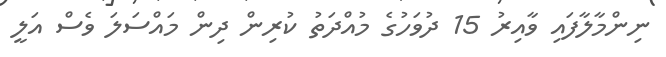
ނިންމާލާފައި ވާއިރު 15 ދުވަހުގެ މުއްދަތު ކުރިން ދިން މައްސަލަ ވެސް އަލީ